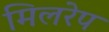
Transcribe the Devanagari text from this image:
मिलरेप